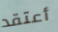
أعتقد